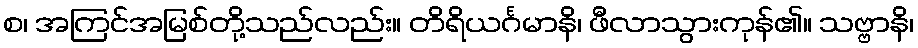
စ၊ အကြင်အမြစ်တို့သည်လည်း။ တိရိယင်္ဂမာနိ၊ ဖီလာသွားကုန်၏။ သဗ္ဗာနိ၊